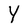
Character: Y